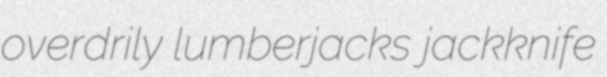
overdrily lumberjacks jackknife